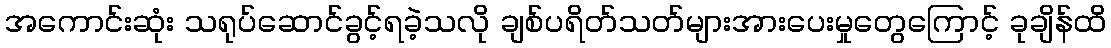
အကောင်းဆုံး သရုပ်ဆောင်ခွင့်ရခဲ့သလို ချစ်ပရိတ်သတ်များအားပေးမှုတွေကြောင့် ခုချိန်ထိ